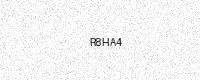
Text: R8HA4